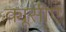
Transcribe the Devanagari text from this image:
क्यूसीए